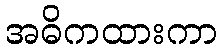
အဓိကထားကာ